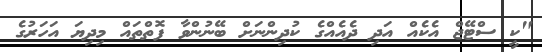
"ކީ ސްޓޭޖް އެކެއް އަދި ދެއެއްގެ ކުދިންނަށް ބޭނުންވާ ފޮތްތައް މިދިޔަ އަހަރުގެ